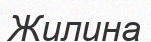
Жилина